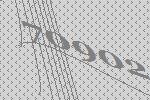
70902